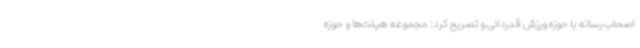
اصحاب رسانه با حوزه ورزش قدردانی و تصریح کرد: مجموعه هیئت‌ها و حوزه